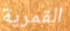
القمرية